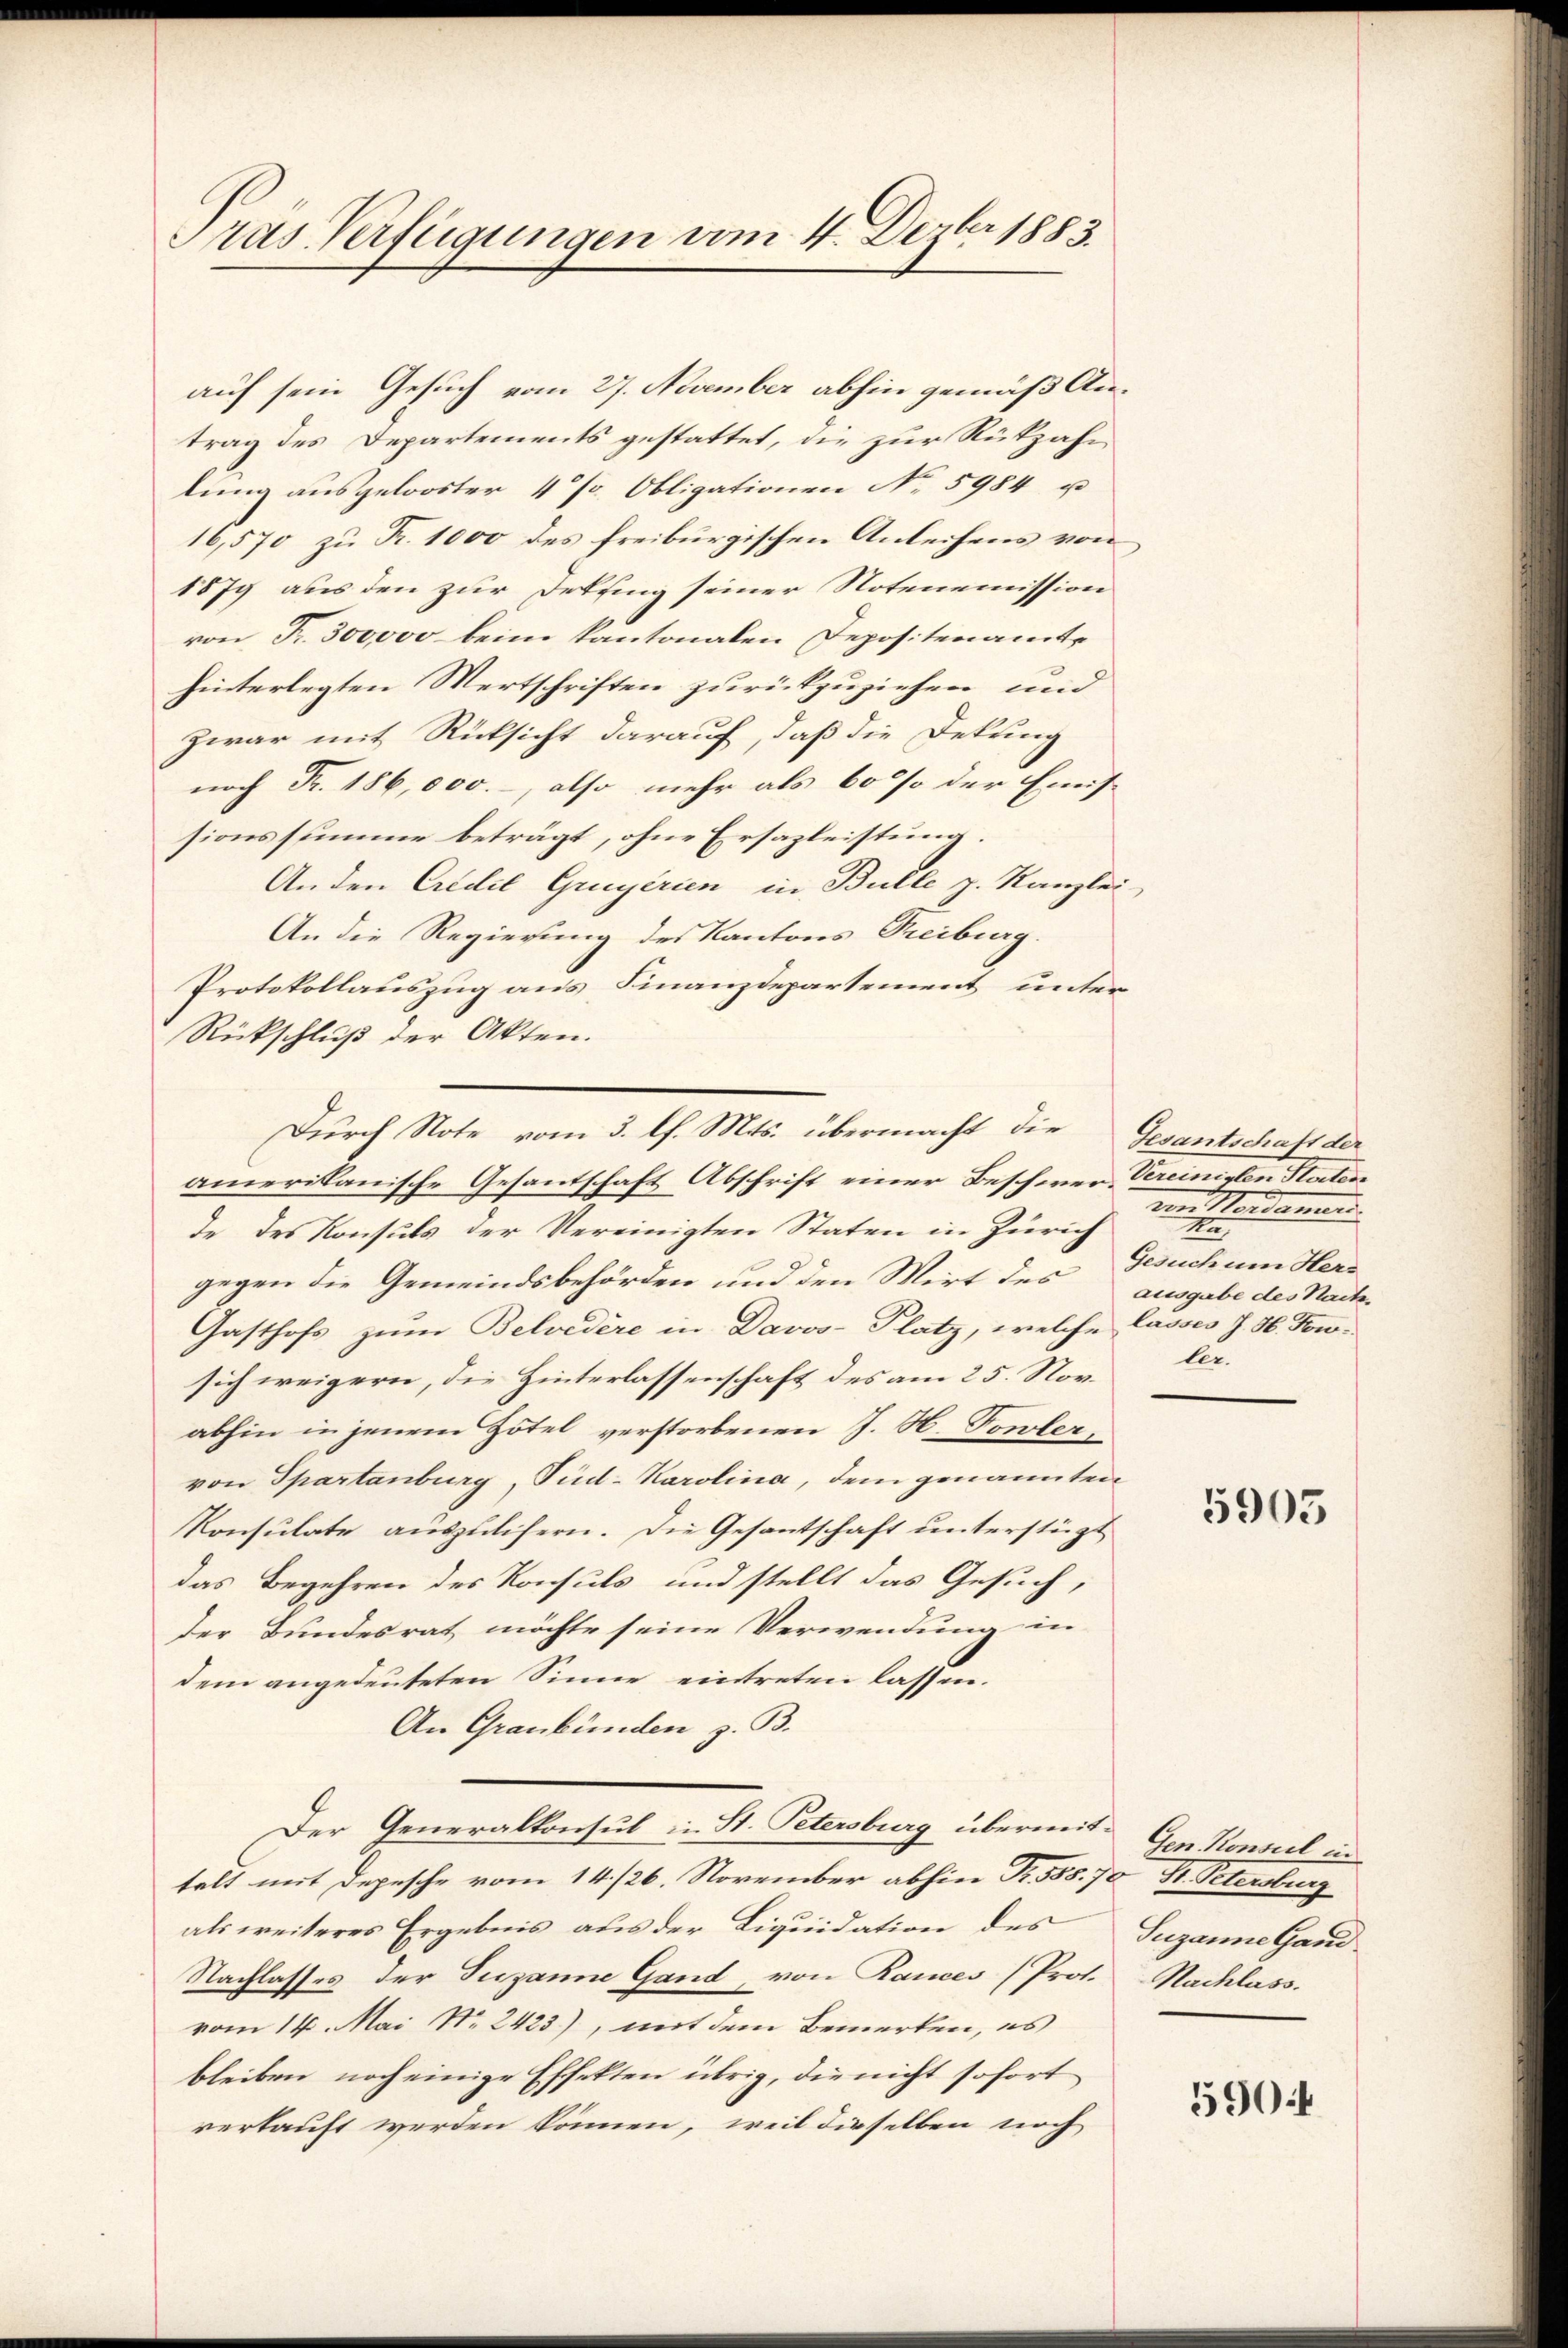
Pras Verfügungen vom 4. Dezbr 1883.

auf sein Gesuch vom 27. November abhin gemäß Antrag des Departements gestattet, die zur Rückzahn
lung ausgelooster 4 % Obligationen No 5984 u
16,570 zu Fr. 1000 des freiburgischen Anleihens von
1879 aus den zur Deksing seiner Notenemission
von Fr. 300000 beim Kantonalen Depositenamte
hinterlegten Wertschriften zurückzuziehen und
zwar mit Rücksicht darauf, daß die Dekung
noch Fr. 186,000.-, also mehr als 60 % der Emis
sionssumme beträgt, ohne Ersazleistung
Anden Credit Gruyerien in Bulle z. Kanzlei
An die Regierung des Kantons Treiburg.
Protokollauszug aus Finanzdepartement unter
Rückschluß der Akten.
amerikanische Gesantschaft Abschrift einer Beschwer, Vereinigen Platen
de des Konsuls der Vereinigten Staten in Zürich
gegen die Gemeindsbehörden und den Mirt des
Gasthofs zum Belvedere in Davos- Platz, welche
sich weigern, die Hinterlassenschaft des am 25. Nov.
abhin in jenem Hotel verstorbenen J. H. Touler,
von Spartanburg, Süd-Karolina, dem genannten
Konsulate auszulisern. Die Gesantschaft unterstüzt
das Begehren des Konsuls und stellt das Gesuch,
der Bundesrat möchte seine Verwendung in
dem angedeuteten Sinne eintreten lassen.
An Graubünden z. B.
Der Generalkonsul in St. Petersburg übermit Gen. Konsul in
telt mit Depesche vom 14. /26. November abhin Fr. 585. 70, St. Petersburg
als weiteres Ergebnis aus der Liquidation des
Nachlasses der Susanne Gand, von Rances (Prot. Nachlass.
vom 14. Mai Nr. 2423), mit dem Bemerken, es
bleiben noch einige Effekten übrig, die nicht sofort
verkauft werden können, weil dieselben noch

Durch Note vom 3. l. Mts. übermacht die Gesantschaft der

Nordamens
e
Gesuch um Hers
ausgabe des Nachlasses J. H. Towlee.

5905

Susanne Gand

590